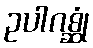
ဥပါဂစ္ဆုံ